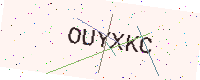
Text: OUYXKC